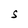
Character: S